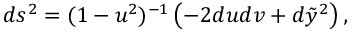
d s ^ { 2 } = ( 1 - u ^ { 2 } ) ^ { - 1 } \left( - 2 d u d v + d \tilde { y } ^ { 2 } \right) ,